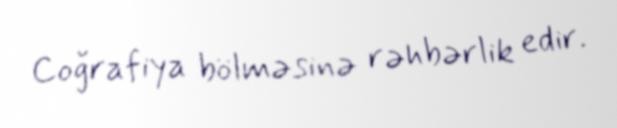
Coğrafiya bölməsinə rəhbərlik edir.